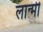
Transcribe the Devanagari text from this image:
लान्मी